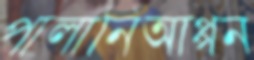
পালানিআপ্পন